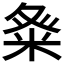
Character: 𮇓